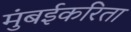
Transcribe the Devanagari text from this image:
मुंबईकरिता